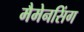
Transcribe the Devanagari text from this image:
मैमेनसिंग